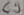
Text: C9